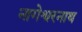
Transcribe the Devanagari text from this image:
नागेश्वरनाथ